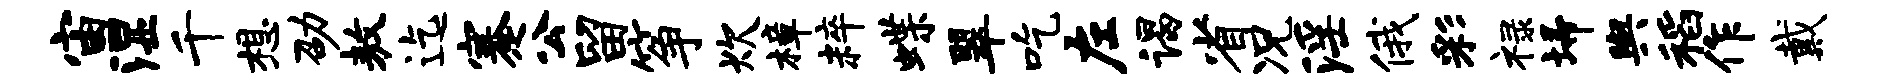
宙湿千想劭敖迄蹇公留筝炊樟粹蝶翠吃左谒省况淫俄彩禄埽舆稻作戴